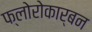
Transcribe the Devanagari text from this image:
फ्लोरोकार्बन